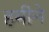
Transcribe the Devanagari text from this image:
हमीने